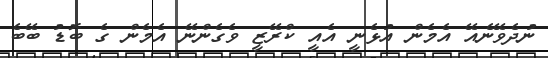
ނުދެވޭނެއޭ އެމެން އުޅެނީ އެއީ ކްރޭޒީ ވެގެންނޭ އެމެން ގެ ބޮޑު ބޭބެ